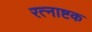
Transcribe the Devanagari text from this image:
रत्नाष्टक